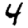
Digit: 4